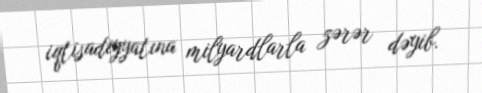
iqtisadiyyatına milyardlarla zərər dəyib.